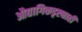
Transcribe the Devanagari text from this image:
औद्यागिकदृष्ट्याही